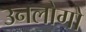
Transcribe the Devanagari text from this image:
उनलोगो